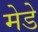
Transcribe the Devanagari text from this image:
मेडे